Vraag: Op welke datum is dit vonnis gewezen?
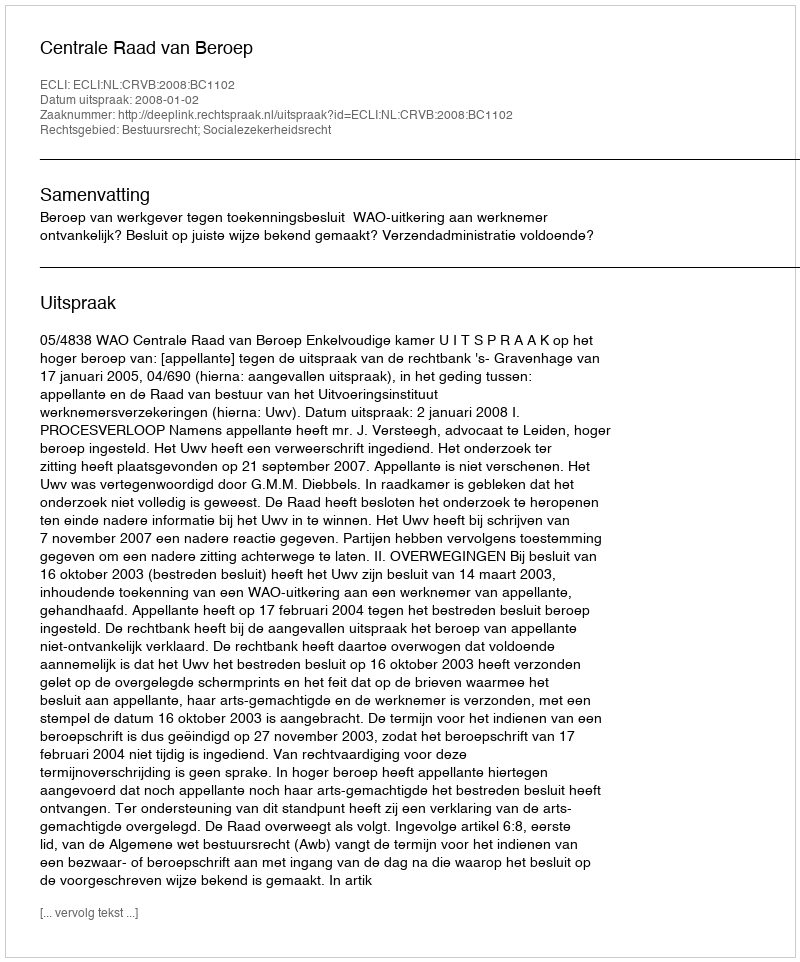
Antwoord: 2008-01-02